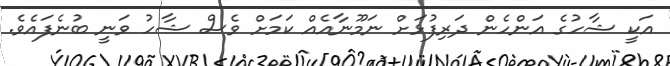
އަކީ ޝާހުގެ އަންހެން ދަރިފުޅަށް ނަމޫނާއެއް ކަމަށް ވެސް ޝާހު ވަނީ ބުނެފައެވެ.